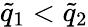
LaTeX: \tilde{q}_{1}<\tilde{q}_{2}